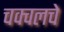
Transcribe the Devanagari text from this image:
चक्वलचे